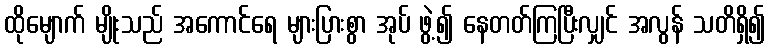
ထိုမျောက် မျိုးသည် အကောင်ရေ များပြားစွာ အုပ် ဖွဲ့၍ နေတတ်ကြပြီးလျှင် အလွန် သတိရှိ၍